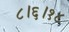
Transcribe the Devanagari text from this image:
८।६।१८